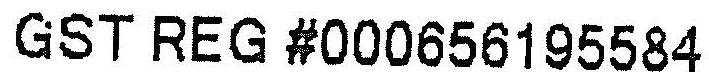
GST REG #000656195584